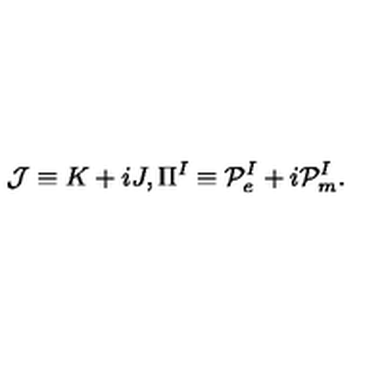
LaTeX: { \cal J } \equiv K + i J , \Pi ^ { I } \equiv { \cal P } _ { e } ^ { I } + i { \cal P } _ { m } ^ { I } .